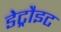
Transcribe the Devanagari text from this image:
डेट्रौइट